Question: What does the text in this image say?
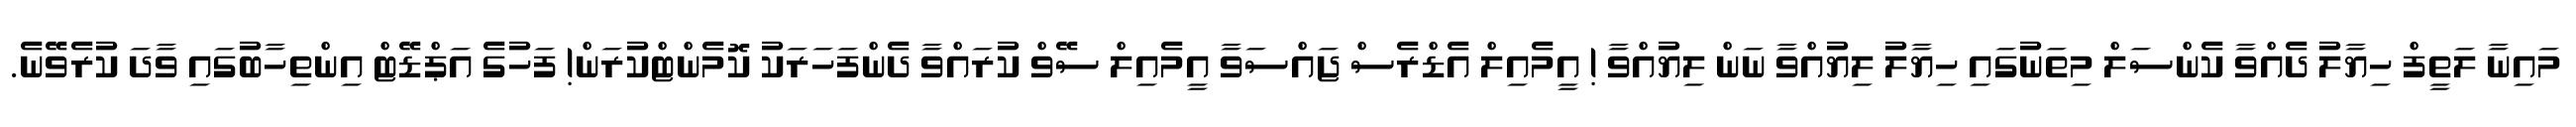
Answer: މައިނާ ލަތީފް ހިޔާލު ދެއްވާ ކެންސަލް މިތަނުގައި ހިޔާލު ލިޔުއްވާ ނަން ލިޔުއްވާ ! އީމެއިލް އެޑްރެސް ޖައްސަވާ އީމެއިލް ސޭވް ކުރައްވާ ދެންފަހަރަކު ކޮމެންޓްކުރަން! ފަހުގެ އަޕްޑޭޓް އިންތިހާބުގައި ވާދަ ކުރެވޭނެ.